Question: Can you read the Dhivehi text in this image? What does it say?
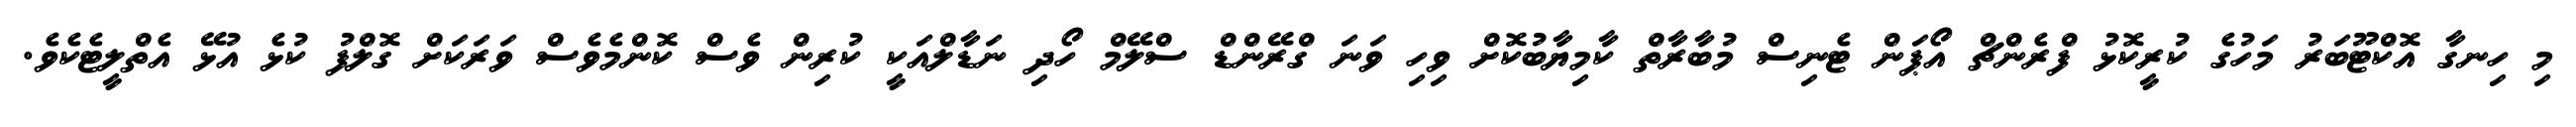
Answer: މި ހިނގާ އޮކްޓޫބަރު މަހުގެ ކުރީކޮޅު ފްރެންޗް އޯޕަން ޓެނިސް މުބާރާތް ކާމިޔާބުކޮށް ވިހި ވަނަ ގްރޭންޑް ސްލޭމް ހޯދި ނަޑާލްއަކީ ކުރިން ވެސް ކޮންމެވެސް ވަރަކަށް ގޮލްފު ކުޅެ އުޅޭ އެތްލީޓެކެވެ.